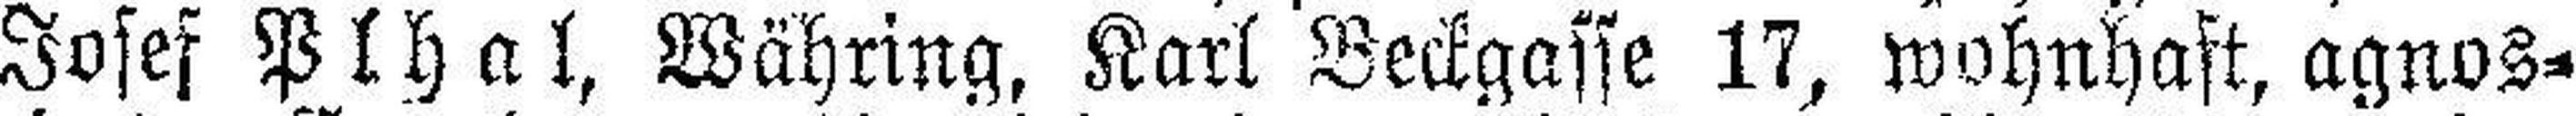
Josef Plhal, Währing, Karl Beckgasse 17, wohnhaft, agnos¬